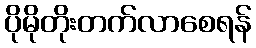
ပိုမိုတိုးတက်လာစေရန်